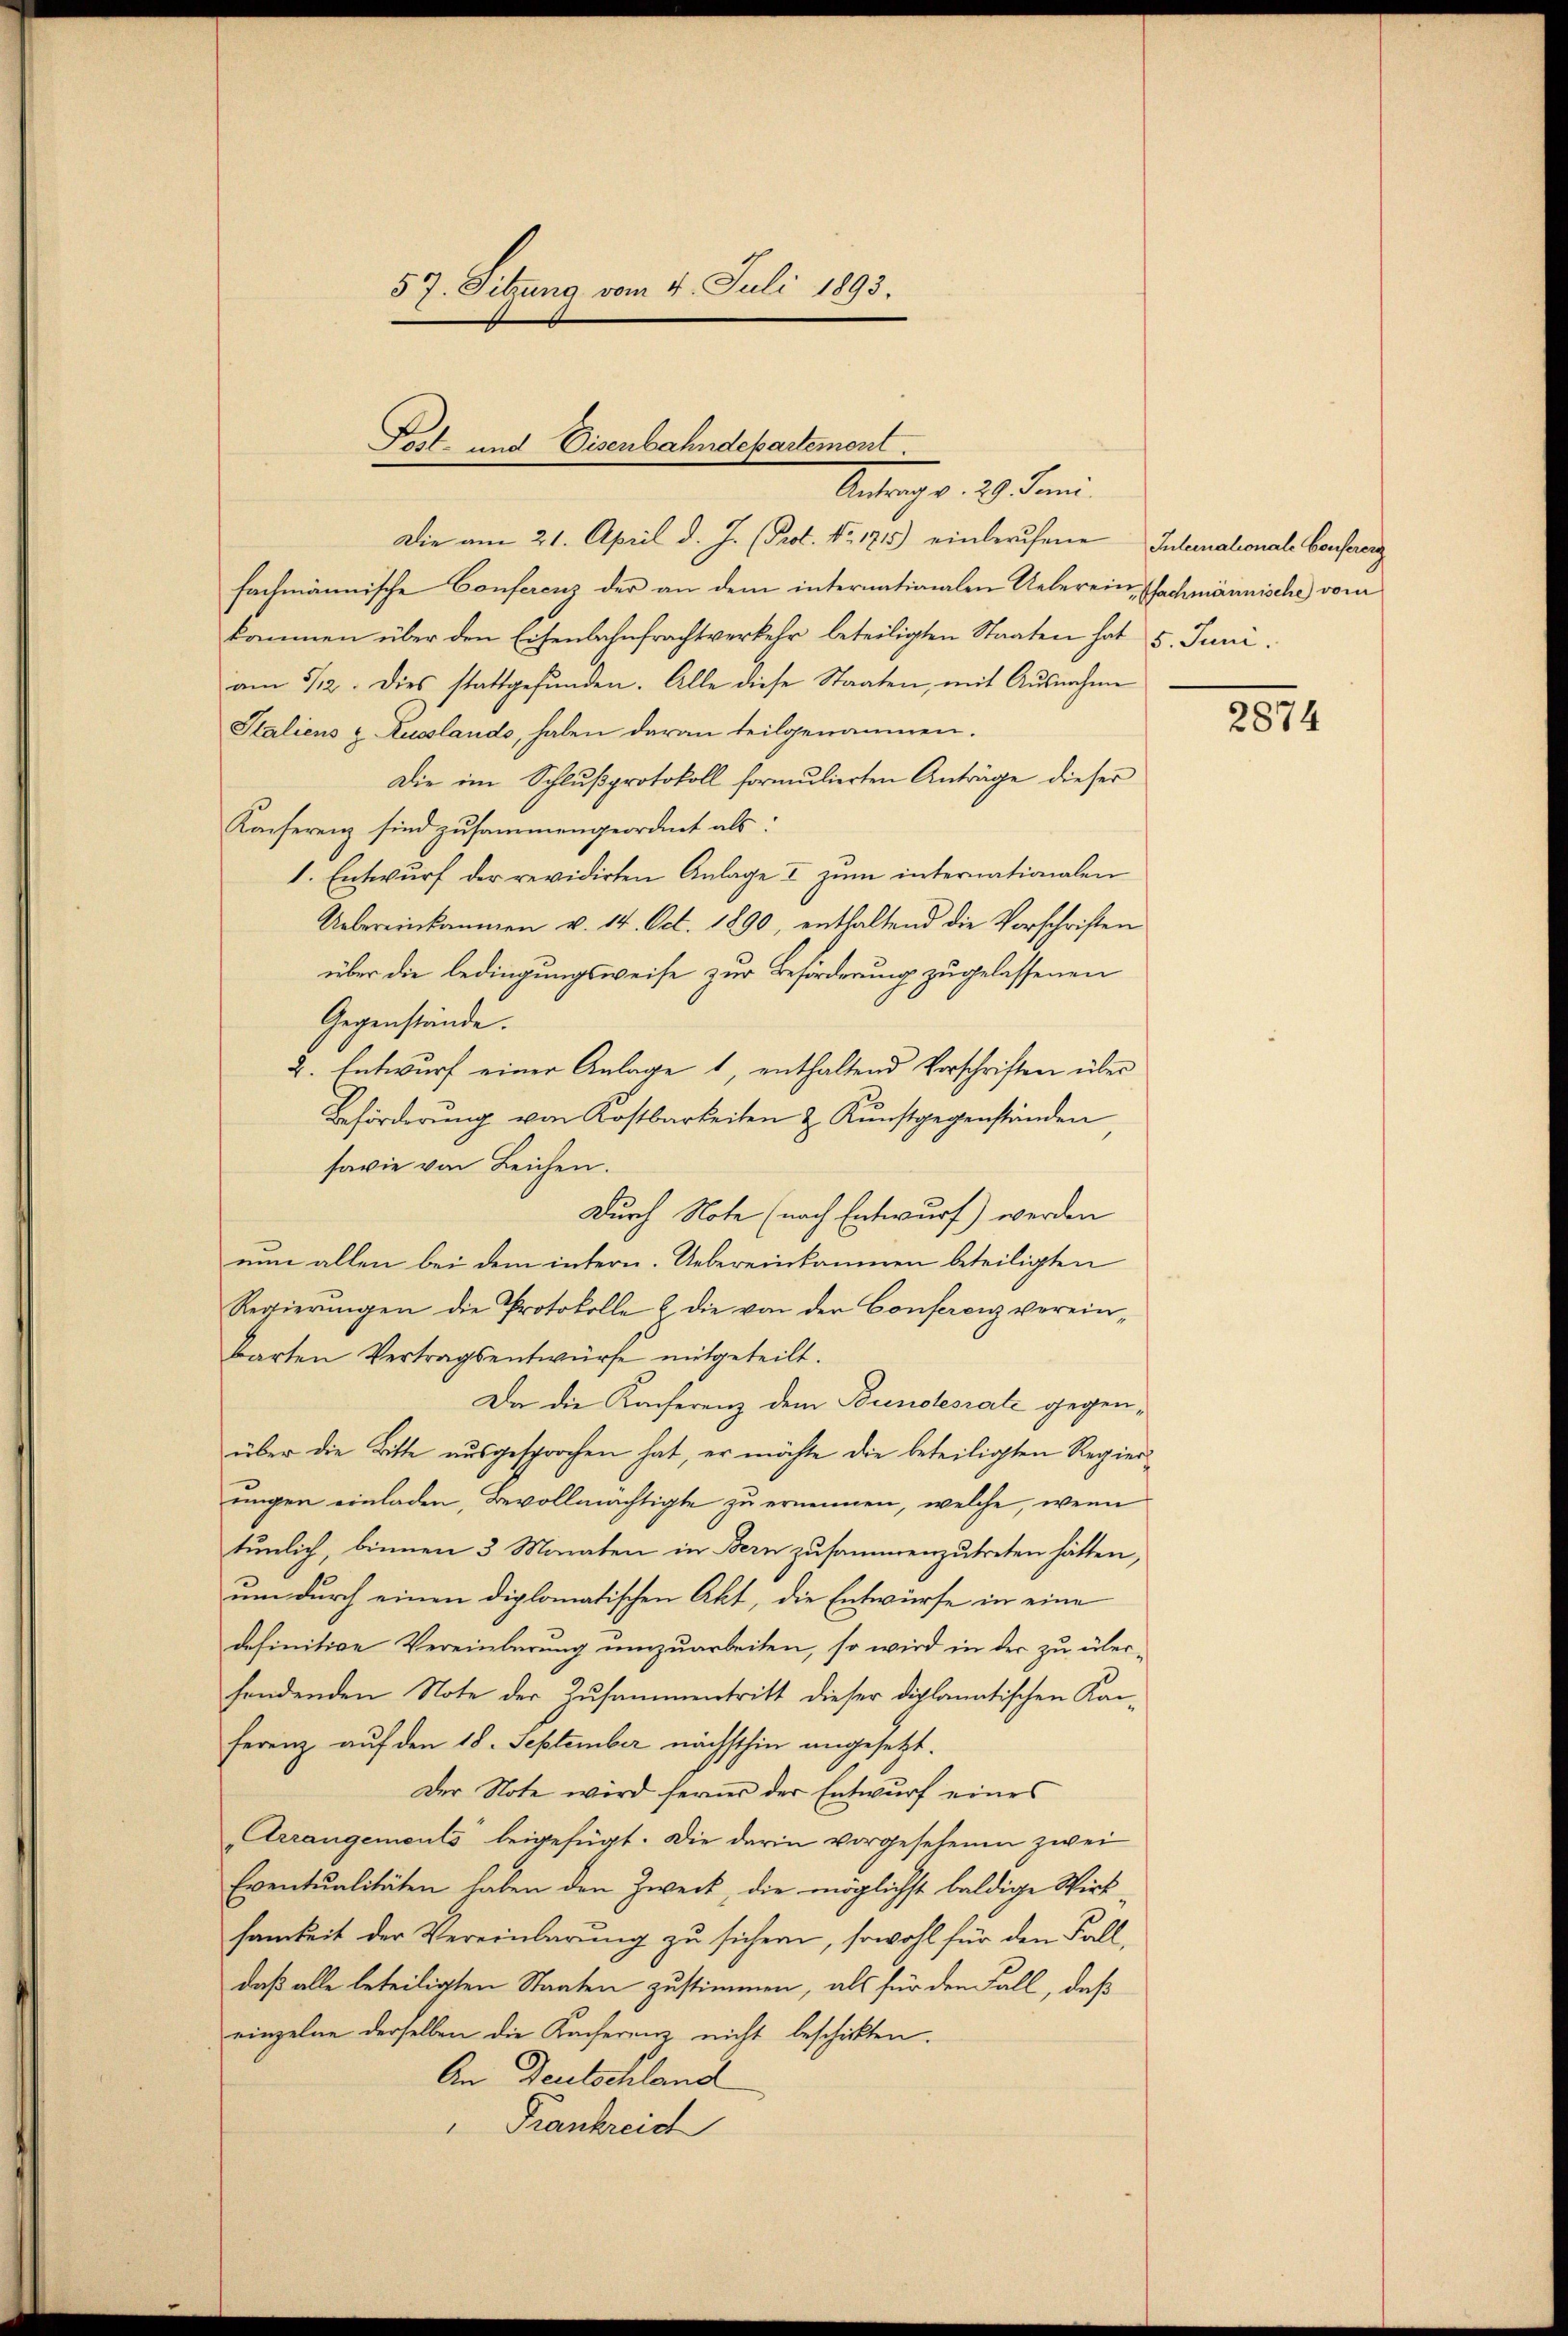
57. Sitzung vom 4. Juli 1893.

Post- und Eisenbahndebartement
Leitung v. 29. Juni.

Die am 21. April d. J. (Prof. No. 1715) einberŭfene Intenabonale Confereng
fachmännische Conferenz der an dem internationalen Ueberein Sachmännische vom
kommen über den Eisenbahnfrachtverkehr beteiligten Staaten hat 5. Juni.
am 5/12. Dies stattgefŭnden. Alle diese Staaten, mit Ausnahme
Staliens & Russlando, haben daran teilgenommen.
Die im Schlŭβprotokoll formulierten Anträge dieser
Kanferenz sind zusammengeordnet als:
1. Entwurf der revidirten Anlage I zŭm internationalen
Uebereinkommen v. 14. Oct. 1890, enthaltend die Vorschriften
über die Bedingungsweise zur Beförderung zugelassenen
Gegenstände.
2. Entwurf einer Anlage 1, enthaltend Vorschriften über
Beförderung von Kostbarkeiten & Kunstgegenständen
sowie von Leichen.
Durch Note (nach Entwurf) werden
nun allen bei dem intern. Uebereinkommen beteiligten
Regierŭngen die Protokolle & die von der Conferenz verein-
barten Vertragsentwürfe mitgeteilt.
Da die Konferenz dem Bundesrate gegenüber die Bitte ausgesprochen hat, er möchte die beteiligten Regier
ungen einladen, Bevollmächtigte zu ernennen, welche, wenn
tunlich, binnen 3 Monaten in Bern zusammenzutreten hätten,
um durch einen diplomatischen Akt, die Entwürfe in eine
definitive Vereinbarung umzuarbeiten, so wird in der zu überhandenden Note der Zusammentritt dieser diplomatischen Kan-
ferenz auf den 18. September nächsthin angesetzt.
Der Note wird ferner der Entwurf eines
Arrangements beigefügt. Die darin vorgesehenen zwei
Eventualitäten haben den Zweck, die möglichst baldige Wirksamkeit der Vereinbarung zu sichern, sowohl für den Fall,
daß alle beteiligten Staaten zustimmen, als für den Fall, daß
einzelne derselben die Kacherenz nicht beschickten.
An Deutschland
Frankreis

2874